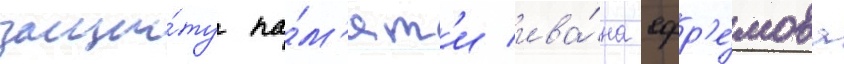
защи́ту па́м'ят'и ива́на ефр'е́мова